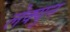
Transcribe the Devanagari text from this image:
लेक्युन